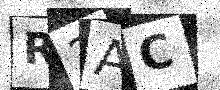
Text: R2AC